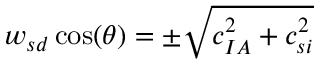
{ w _ { s d } } \cos ( \theta ) = \pm \sqrt { c _ { I A } ^ { 2 } + c _ { s i } ^ { 2 } }